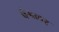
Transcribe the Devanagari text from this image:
बेगलर